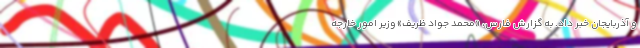
و آذربایجان خبر داد. به گزارش فارس، «محمد جواد ظریف» وزیر امور خارجه